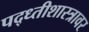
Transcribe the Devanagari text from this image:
पद्ध्तीशास्त्रावर